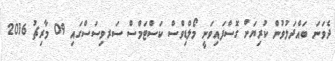
ދެވަނަ ބައްދަލުވުން ކުރިޔަށް ގޮސްފައިވަނީ މޯލްޑިވްސް ކަސްޓަމްސް ސަރވިސަސްގައި 09 މާރިޗު 2016